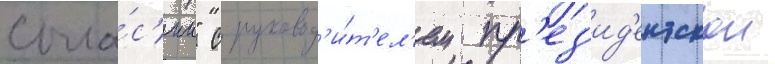
согла́с'ии" с руковод'и́т'ел'ем пр'ез'ид'ентскои